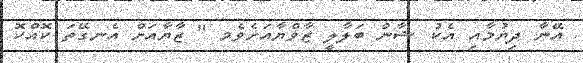
އޭނާ ދިޔުމާއި އެކު ޝާން ބަލާލީ ޒާވްޔާއަށެވެމ " ޒާޔާއަށް އެނގޭތަ ކޮއްކޮ